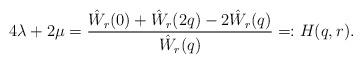
LaTeX: \begin{align*}4\lambda + 2\mu = \frac{\hat W_r(0) + \hat W_r(2q)-2\hat W_r(q)}{\hat W_r(q)} =: H(q,r).\end{align*}